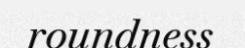
roundness